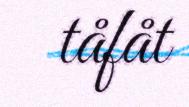
tåfåt